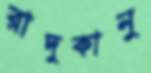
রাদুকানু